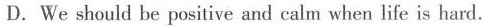
D.We should be positive and calm when life is hard.